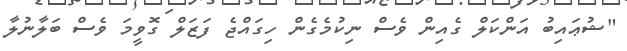
"ޝުޢައިބު އަންކަލް ގެއިން ވެސް ނިކުމެގެން ހިގައްޖެ ފަޒަލް ގޮވީމަ ވެސް ބަލާނުލާ